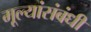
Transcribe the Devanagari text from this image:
मूल्यांसंबंधी